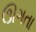
ઊગતા